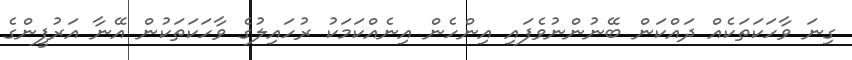
ގިނަ ވާހަކަތަކެއް ދައްކަން ބޭނުންނުވެފައި އިންހެން އިނެއްކަމަކު ރުހައިލުގެ ވާހަކަތަކުން އޭނާ އަރުފީންގެ